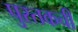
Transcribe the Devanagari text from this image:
पुस्तकची